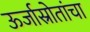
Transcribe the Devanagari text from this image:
ऊर्जास्रोतांचा